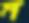
ম